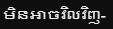
មិនអាចវិលវិញ-